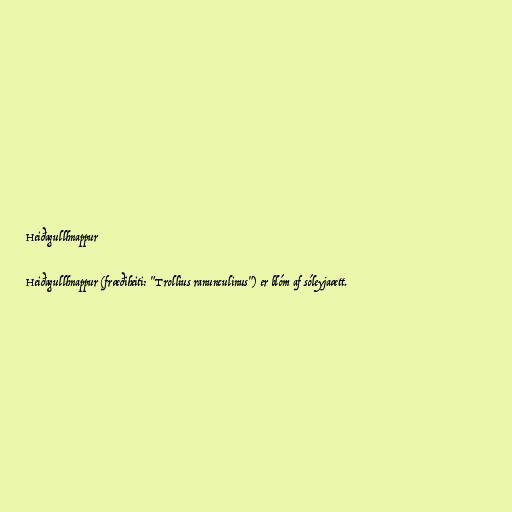
Heiðagullhnappur

Heiðagullhnappur (fræðiheiti: "Trollius ranunculinus") er blóm af sóleyjaætt.